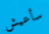
سأعيش